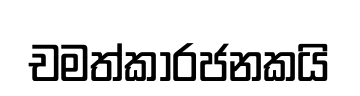
චමත්කාරජනකයි